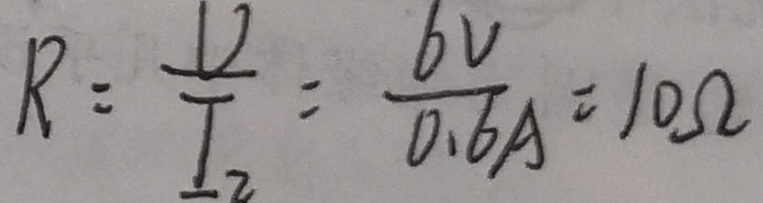
R = \frac { U } { I _ { 2 } } = \frac { 6 V } { 0 . 6 A } = 1 0 \Omega